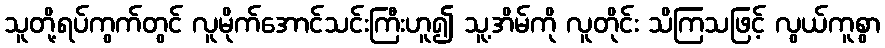
သူတို့ရပ်ကွက်တွင် လူမိုက်အောင်သင်းကြီးဟူ၍ သူ့အိမ်ကို လူတိုင်း သိကြသဖြင့် လွယ်ကူစွာ